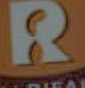
2